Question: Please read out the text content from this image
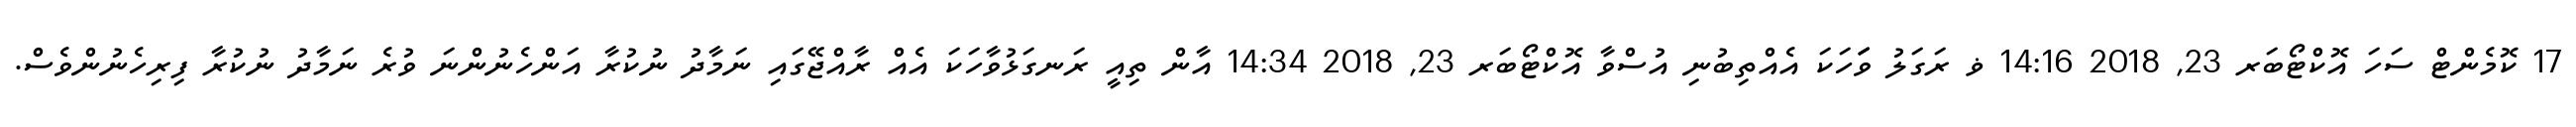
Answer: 17 ކޮމެންޓް ސަހަ އޮކްޓޯބަރ 23, 2018 14:16 ޥ ރަގަލު ވަަަހަކަ އެއްތިބުނި އުސްވާ އޮކްޓޯބަރ 23, 2018 14:34 އާން ތިއީ ރަނގަޅުވާހަކަ އެއް ރާއްޖޭގައި ނަމާދު ނުކުރާ އަންހެނުންނަ ވުރެ ނަމާދު ނުކުރާ ފިރިހެނުންވެސް.